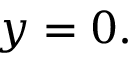
y = 0 .